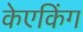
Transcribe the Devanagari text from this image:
केएकिंग